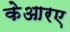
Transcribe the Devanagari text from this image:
केआरए